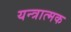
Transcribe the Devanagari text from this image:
यन्त्रात्मक